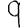
Digit: 9